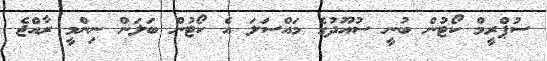
ސުޕްރީމް ކޯޓުން ބުނީ ސުއޫދުގެ މައްސަލަ އެ ކޯޓުން ބަލަން ނިންމީ ރާއްޖެ